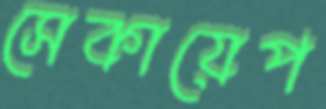
সেকায়েপ